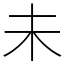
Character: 未